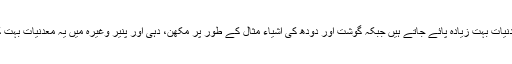
اناج اور سبزیوں میں یہ معدنیات بہت زیادہ پائے جاتے ہیں جبکہ گوشت اور دودھ کی اشیاء مثال کے طور پر مکھن، دہی اور پنیر وغیرہ میں یہ معدنیات بہت کم مقدار میں پائی جاتی ہیں۔